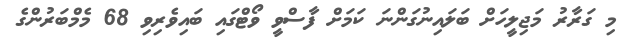
މި ގަރާރު މަޖިލީހަށް ބަލައިނުގަންނަ ކަމަށް ފާސްވީ ވޯޓްގައި ބައިވެރިވި 68 މެމްބަރުންގެ